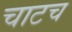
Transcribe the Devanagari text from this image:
चाटच